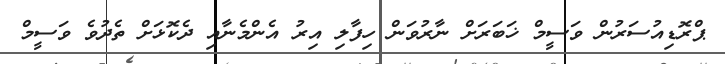
ޕްރޮޑިއުސަރުން ވަސީމް ޚަބަރަށް ނާރުވަން ހިފާލި އިރު އެންމެނާއި ދެކޮޅަށް ތެދުވެ ވަސީމް